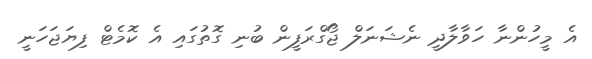
އެ މީހުންނާ ހަވާލާދީ ނެޝަނަލް ޖޯގްރަފީން ބުނި ގޮތުގައި އެ ކޮމެޓް ފިޔަޖަހަނީ